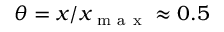
\theta = x / x _ { \mathrm { ~ m ~ a ~ x ~ } } \approx 0 . 5